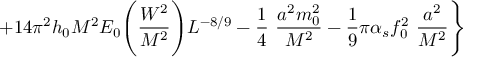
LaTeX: \left. + 1 4 \pi ^ { 2 } h _ { 0 } M ^ { 2 } E _ { 0 } \Biggl ( \frac { W ^ { 2 } } { M ^ { 2 } } \Biggr ) L ^ { - 8 / 9 } - \frac { 1 } { 4 } ~ \frac { a ^ { 2 } m _ { 0 } ^ { 2 } } { M ^ { 2 } } - \frac { 1 } { 9 } \pi \alpha _ { s } f _ { 0 } ^ { 2 } ~ \frac { a ^ { 2 } } { M ^ { 2 } } \right\}